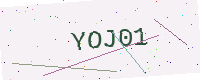
Text: YOJ01